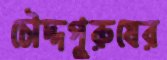
চৌদ্দপুরুষের